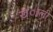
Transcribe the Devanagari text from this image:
ख़्ाली